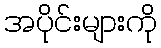
အပိုင်းများကို